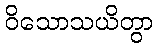
ဝိသောသယိတွာ